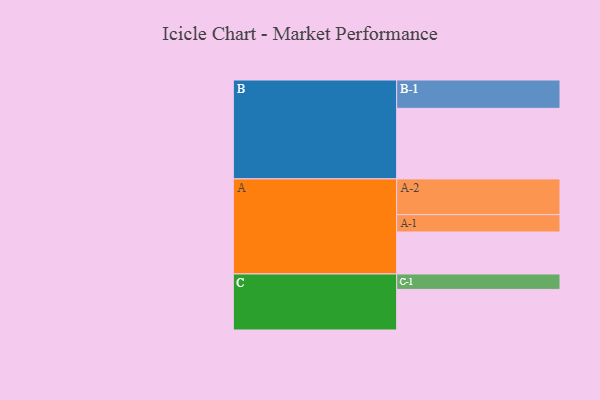
{"axis": {"x": "Segment", "y": "Value"}, "legend": ["", "A", "B", "C"], "data": [{"x": "A", "y": 329, "type": ""}, {"x": "B", "y": 553, "type": ""}, {"x": "C", "y": 318, "type": ""}, {"x": "A-1", "y": 136, "type": "A"}, {"x": "A-2", "y": 280, "type": "A"}, {"x": "B-1", "y": 222, "type": "B"}, {"x": "C-1", "y": 121, "type": "C"}]}